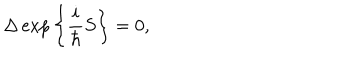
LaTeX: \Delta \exp \bigg \{ \frac { i } { \hbar } S \bigg \} = 0 ,